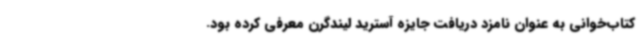
کتاب‌خوانی به عنوان نامزد دریافت جایزه آسترید لیندگرن معرفی کرده بود.